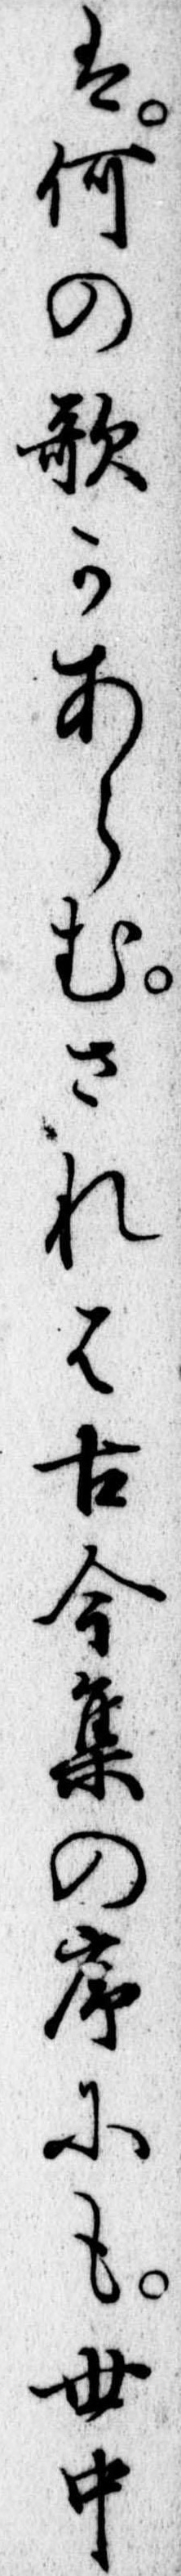
は何の歌かあらむされは古今集の序にも世中